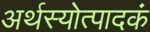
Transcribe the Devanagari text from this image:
अर्थस्योत्पादकं